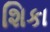
શિકા